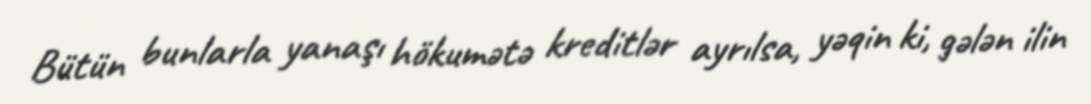
Bütün bunlarla yanaşı hökumətə kreditlər ayrılsa, yəqin ki, gələn ilin